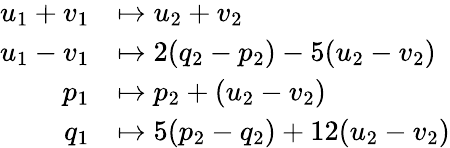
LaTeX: \begin{array}{rl}{u_{1}+v_{1}}&{\mapsto u_{2}+v_{2}}\\ {u_{1}-v_{1}}&{\mapsto 2(q_{2}-p_{2})-5(u_{2}-v_{2})}\\ {p_{1}}&{\mapsto p_{2}+(u_{2}-v_{2})}\\ {q_{1}}&{\mapsto 5(p_{2}-q_{2})+12(u_{2}-v_{2})}\end{array}